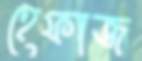
হেফাজ